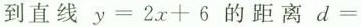
到直线$$y = 2 x + 6$$的距离$$d =